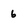
Character: 6